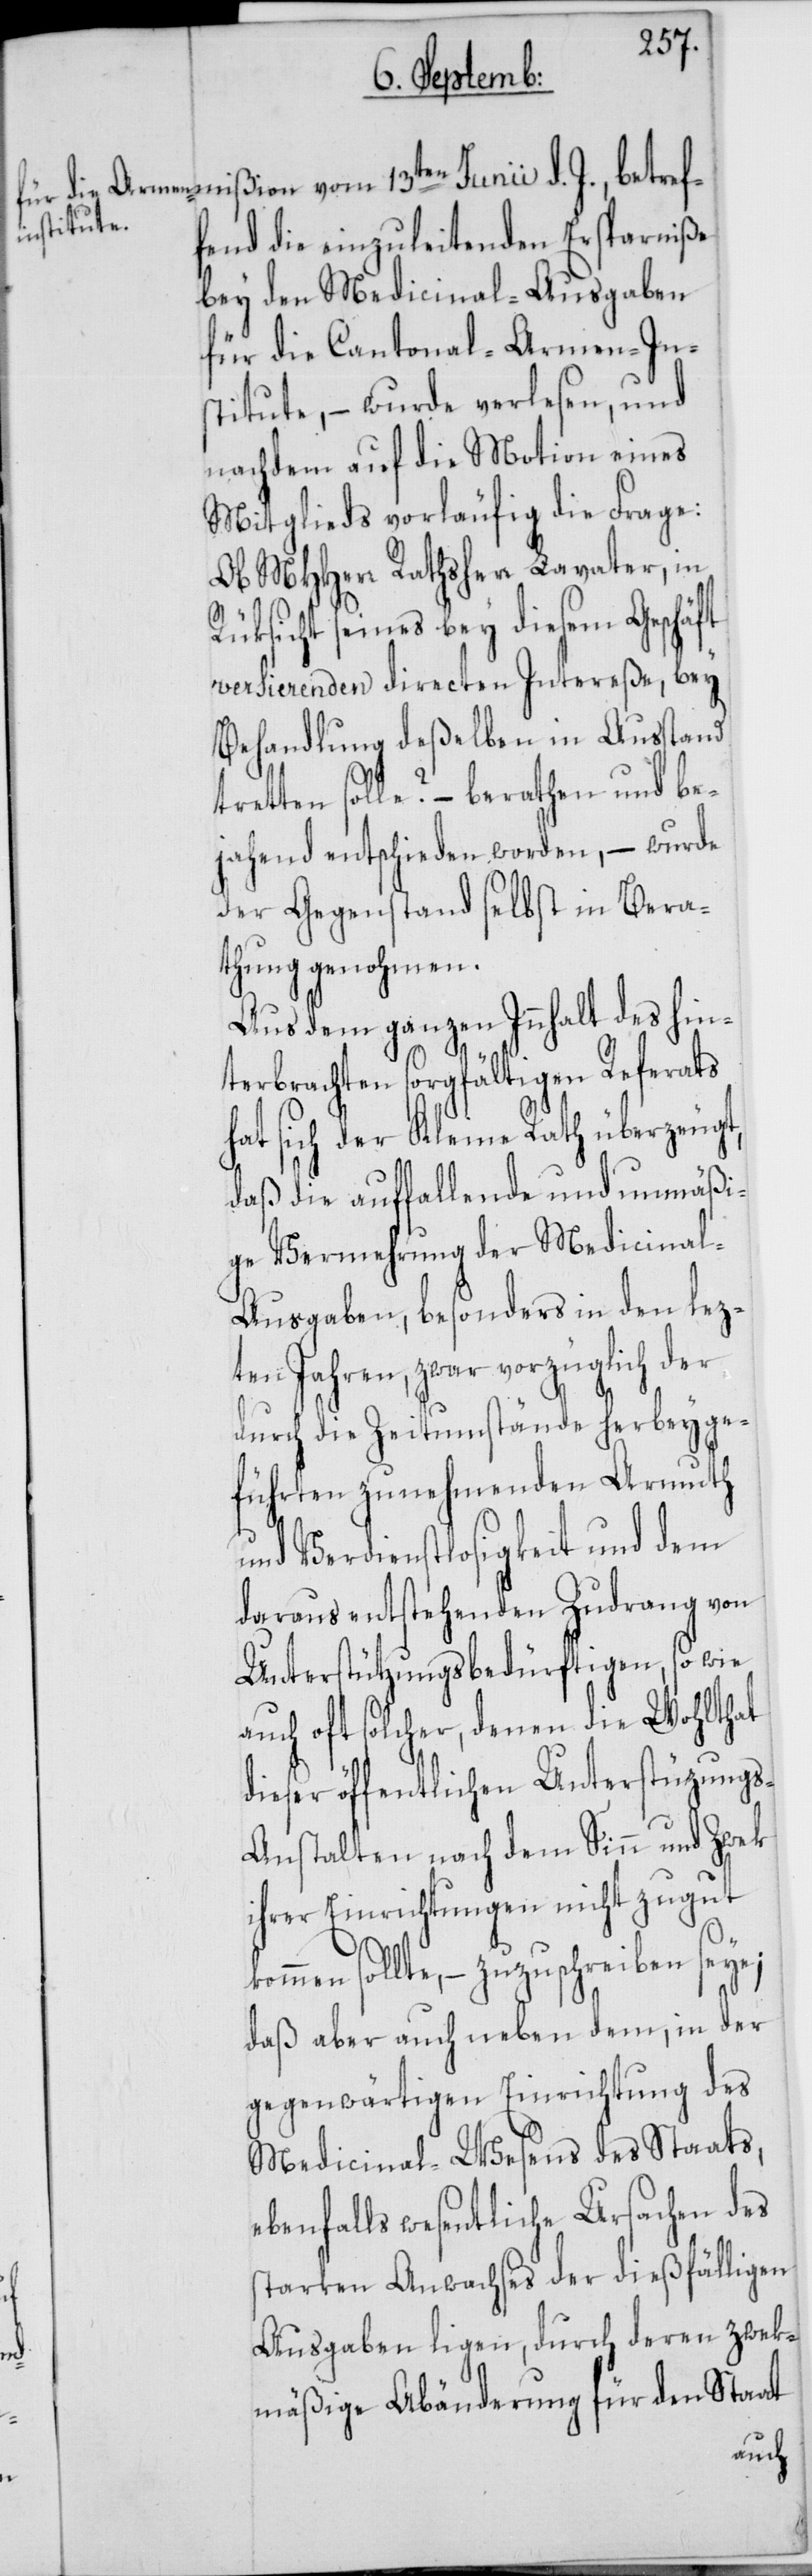
d. J., betref¬
fend die einzuleitenden Ersparniße
bey den Medicinal-Ausgaben
für die Cantonal-Armen-Ins¬
titute, – wurde verlesen, und
nachdem auf die Motion eines
Mitglieds vorläufig die Frage:
Ob MHHerr Rathsherr Lavater in
Rüksicht seines bey diesem Geschäft
versierenden directen Intereße, bey
Behandlung deßelben in Ausstand
tretten solle? – berathen und be¬
jahend entschieden worden, – wurde
der Gegenstand selbst in Bera¬
thung genohmen.
Aus dem ganzen Innhalt des hin¬
terbrachten sorgfältigen Referats
hat sich der Kleine Rath überzeugt,
daß die auffallende und unmäßi¬
ge Vermehrung der Medicinal-A¬
usgaben, besonders in den lez¬
ten Jahren, zwar vorzüglich der
durch die Zeitumstände herbeyge¬
führten zunehmenden Armuth
und Verdienstlosigkeit und dem
daraus entstehenden Zudrang von
Unterstützungsbedürftigen, so wie
auch oft solcher, denen die Wohlthat
dieser öffentlichen Unterstüzung¬
s-Anstalten nach dem Sinn und Zwek
ihrer Einrichtungen nicht zugut
kommen sollte, – zuzuschreiben seye;
daß aber auch neben dem, in der
gegenwärtigen Einrichtung des
Medicinal-Wesens des Staats,
ebenfalls wesentliche Ursachen des
starken Anwachses der dießfälligen
Ausgaben ligen, durch deren zwek¬
mäßige Abänderung für den Staat